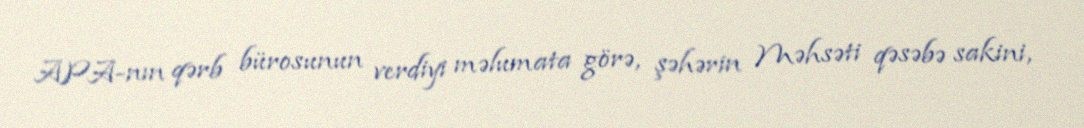
APA-nın qərb bürosunun verdiyi məlumata görə, şəhərin Məhsəti qəsəbə sakini,